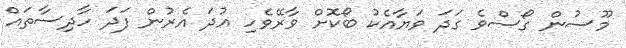
މޫސުން ގޯސްވެ ގަދަ ވަޔާއެކު ބޯކޮށް ވާރޭވެހި އުދަ އެރުން ފަދަ ހާދިސާތައް